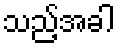
သည့်အခါ